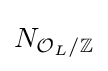
N_{{\mathcal {O}}_{L}/\mathbb {Z} }